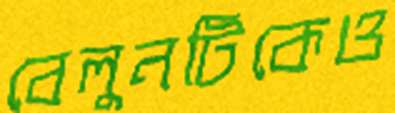
বেলুনটিকেও